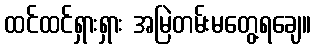
ထင်ထင်ရှားရှား အမြဲတမ်းမတွေ့ရချေ။